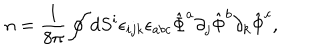
n = \frac { 1 } { 8 \pi } \oint d S ^ { i } \epsilon _ { i j k } \epsilon _ { a b c } \hat { \Phi } ^ { a } \partial _ { j } \hat { \Phi } ^ { b } \partial _ { k } \hat { \Phi } ^ { c } ,